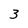
Character: 3